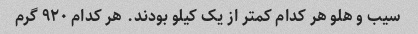
سیب و هلو هر کدام کمتر از یک کیلو بودند. هر کدام ۹۲۰ گرم